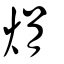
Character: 焆